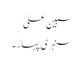
سبین علی
سنہری پہاڑ ۔